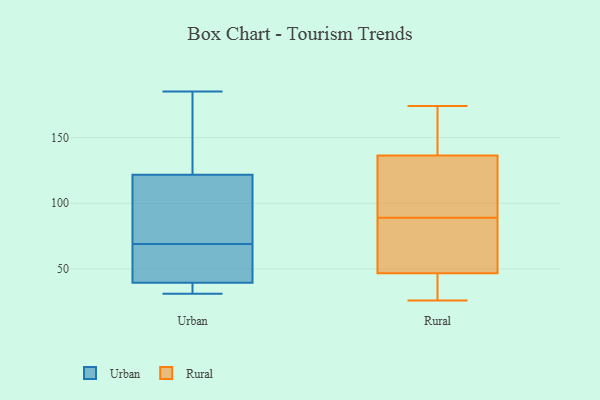
{"axis": {"x": "Energy Usage (MWh)", "y": "Value"}, "legend": ["Rural", "Urban"], "data": [{"x": "", "y": 48, "type": "Urban"}, {"x": "", "y": 118, "type": "Urban"}, {"x": "", "y": 65, "type": "Urban"}, {"x": "", "y": 69, "type": "Urban"}, {"x": "", "y": 31, "type": "Urban"}, {"x": "", "y": 32, "type": "Urban"}, {"x": "", "y": 31, "type": "Urban"}, {"x": "", "y": 95, "type": "Urban"}, {"x": "", "y": 185, "type": "Urban"}, {"x": "", "y": 146, "type": "Urban"}, {"x": "", "y": 47, "type": "Urban"}, {"x": "", "y": 123, "type": "Urban"}, {"x": "", "y": 37, "type": "Urban"}, {"x": "", "y": 135, "type": "Urban"}, {"x": "", "y": 85, "type": "Urban"}, {"x": "", "y": 174, "type": "Rural"}, {"x": "", "y": 173, "type": "Rural"}, {"x": "", "y": 37, "type": "Rural"}, {"x": "", "y": 126, "type": "Rural"}, {"x": "", "y": 75, "type": "Rural"}, {"x": "", "y": 26, "type": "Rural"}, {"x": "", "y": 161, "type": "Rural"}, {"x": "", "y": 42, "type": "Rural"}, {"x": "", "y": 86, "type": "Rural"}, {"x": "", "y": 61, "type": "Rural"}, {"x": "", "y": 89, "type": "Rural"}, {"x": "", "y": 122, "type": "Rural"}, {"x": "", "y": 138, "type": "Rural"}, {"x": "", "y": 131, "type": "Rural"}, {"x": "", "y": 34, "type": "Rural"}]}